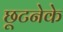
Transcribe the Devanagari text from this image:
छूटनेके